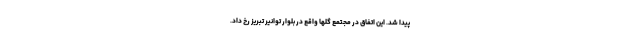
پیدا شد. این اتفاق در مجتمع گلها واقع در بلوار توانیر تبریز رخ داد.